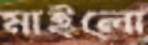
মাইলো